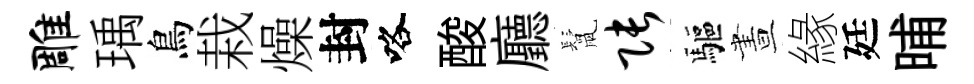
雕瑀鳥栽燥封咯酸廳鬛张驅晝緣廷晡